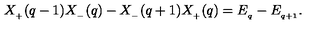
X _ { _ { + } } ( q - 1 ) X _ { _ { - } } ( q ) - X _ { _ { - } } ( q + 1 ) X _ { _ { + } } ( q ) = E _ { _ q } - E _ { _ { q + 1 } } .